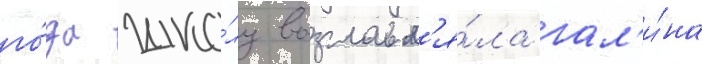
го́да шко́лу возглавл'я́ла гал'и́на